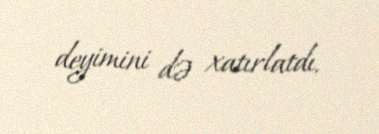
deyimini də xatırlatdı.